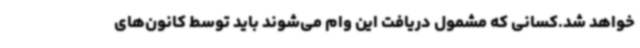
خواهد شد.کسانی که مشمول دریافت این وام می‌شوند باید توسط کانون‌های